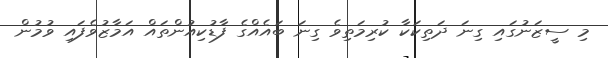
މި ސީޒަނުގައި ގިނަ ދަތިކަކާ ކުރިމަތިވެ ގިނަ ބައެއްގެ ފާޑުކިއުންތައް އަމާޒުވެފައި ވުމުން